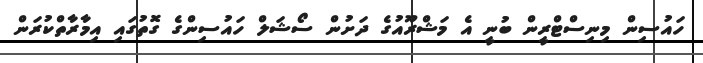
ހައުސިން މިނިސްޓްރީން ބުނީ އެ މަޝްރޫއުގެ ދަށުން ސޯޝަލް ހައުސިންގެ ގޮތުގައި އިމާރާތްކުރަން